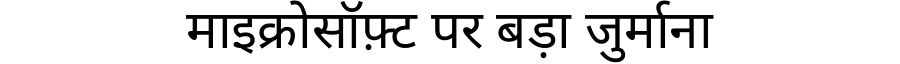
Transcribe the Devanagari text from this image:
माइक्रोसॉफ़्ट पर बड़ा जुर्माना